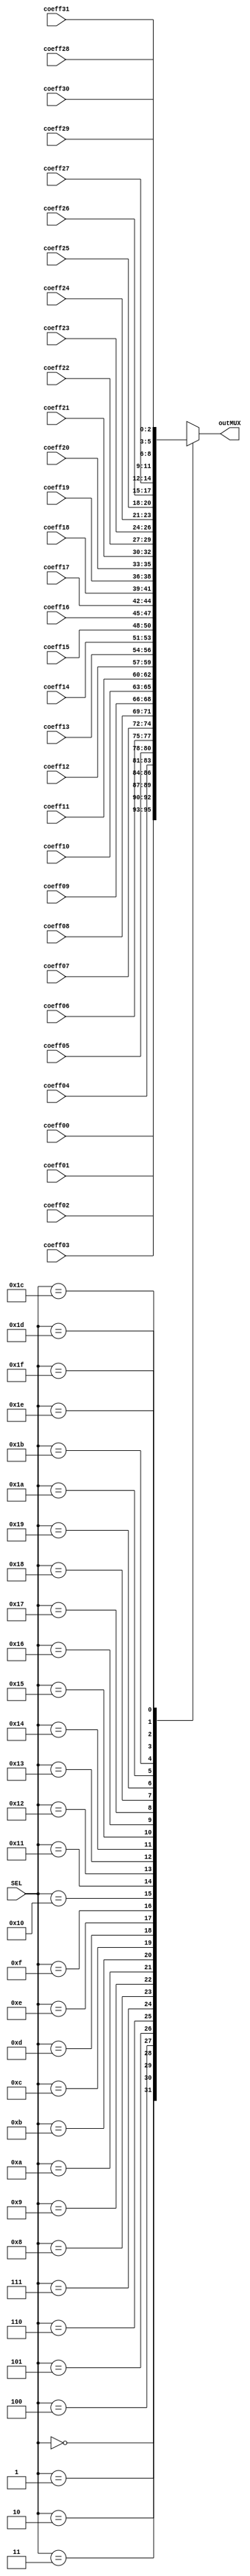
module multiplexor32a1 #(parameter Width = 3)
 (coeff00,coeff01,coeff02,coeff03,coeff04,coeff05,coeff06,coeff07,coeff08,coeff09,
  coeff10,coeff11,coeff12,coeff13,coeff14,coeff15,coeff16,coeff17,coeff18,coeff19,
  coeff20,coeff21,coeff22,coeff23,coeff24,coeff25,coeff26,coeff27,coeff28,coeff29, 
  coeff30,coeff31,SEL,outMUX);
  
  input [4:0] SEL;
  input signed  [Width-1:0] coeff00,coeff01,coeff02,coeff03,coeff04,coeff05,coeff06,coeff07,coeff08,coeff09,
  coeff10,coeff11,coeff12,coeff13,coeff14,coeff15,coeff16,coeff17,coeff18,coeff19,
  coeff20,coeff21,coeff22,coeff23,coeff24,coeff25,coeff26,coeff27,coeff28,coeff29, 
  coeff30,coeff31;
  
  output reg signed [Width-1:0] outMUX;
  
  always @*begin
		case (SEL)
         5'd00: outMUX <= coeff00;
         5'd01: outMUX <= coeff01;
         5'd02: outMUX <= coeff02;
         5'd03: outMUX <= coeff03;
         5'd04: outMUX <= coeff04;
         5'd05: outMUX <= coeff05;
         5'd06: outMUX <= coeff06;
         5'd07: outMUX <= coeff07;
			5'd08: outMUX <= coeff08;
         5'd09: outMUX <= coeff09;
			5'd10: outMUX <= coeff10;
         5'd11: outMUX <= coeff11;
         5'd12: outMUX <= coeff12;
         5'd13: outMUX <= coeff13;
         5'd14: outMUX <= coeff14;
         5'd15: outMUX <= coeff15;
         5'd16: outMUX <= coeff16;
         5'd17: outMUX <= coeff17;
			5'd18: outMUX <= coeff18;
         5'd19: outMUX <= coeff19;
			5'd20: outMUX <= coeff20;
         5'd21: outMUX <= coeff21;
         5'd22: outMUX <= coeff22;
         5'd23: outMUX <= coeff23;
         5'd24: outMUX <= coeff24;
         5'd25: outMUX <= coeff25;
         5'd26: outMUX <= coeff26;
         5'd27: outMUX <= coeff27;
			5'd28: outMUX <= coeff28;
         5'd29: outMUX <= coeff29;	
			5'd30: outMUX <= coeff30;
         5'd31: outMUX <= coeff31;
			
      endcase
  end


endmodule